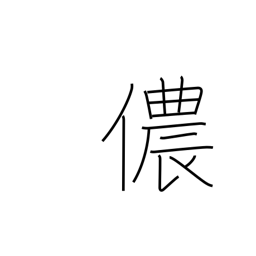
Meaning: his